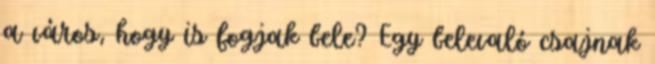
a város, hogy is fogjak bele? Egy belevaló csajnak